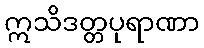
ဣသိဒတ္တပုရာဏာ